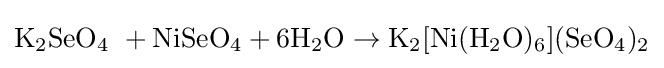
\mathrm {K_{2}SeO_{4}\ +NiSeO_{4}+6H_{2}O\rightarrow K_{2}[Ni(H_{2}O)_{6}](SeO_{4})_{2}}